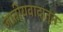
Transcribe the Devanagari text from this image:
जातीयवादातून